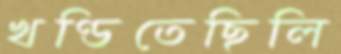
খণ্ডিতেছিলি